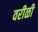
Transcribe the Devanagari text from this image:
वरीळी